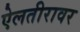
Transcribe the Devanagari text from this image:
ऐलतीरावर